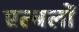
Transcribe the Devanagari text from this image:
एल्बलों